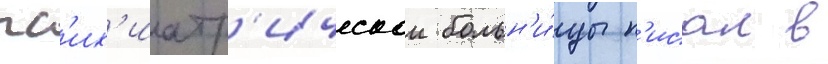
пс'их'иатр'ическои больн'и́цы п'исал в